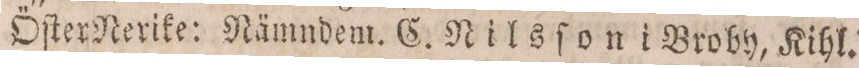
ÖſterNerike: Nämndem. C. Nilsſon i Broby, Kihl.